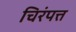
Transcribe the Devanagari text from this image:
चिरंपत्त